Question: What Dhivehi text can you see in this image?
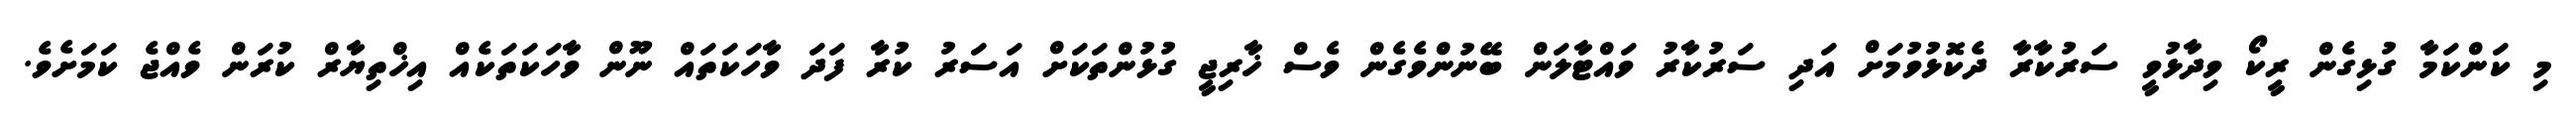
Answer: މި ކަންކަމާ ގުޅިގެން ރީކޯ ވިދާޅުވީ ސަރުކާރާ ދެކޮޅުވުމަށް އަދި ސަރުކާރު ވައްޓާލަން ބޭނުންވެގެން ވެސް ޚާރިޖީ ގުޅުންތަކަށް އަސަރު ކުރާ ފަދަ ވާހަކަތައް ނޫން ވާހަކަތަކެއް އިޚްތިޔާރް ކުރަން ވެއްޖެ ކަމަށެވެ.